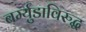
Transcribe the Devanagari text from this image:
बर्म्युडाविरुद्ध